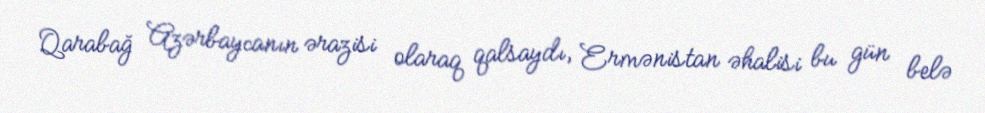
Qarabağ Azərbaycanın ərazisi olaraq qalsaydı, Ermənistan əhalisi bu gün belə